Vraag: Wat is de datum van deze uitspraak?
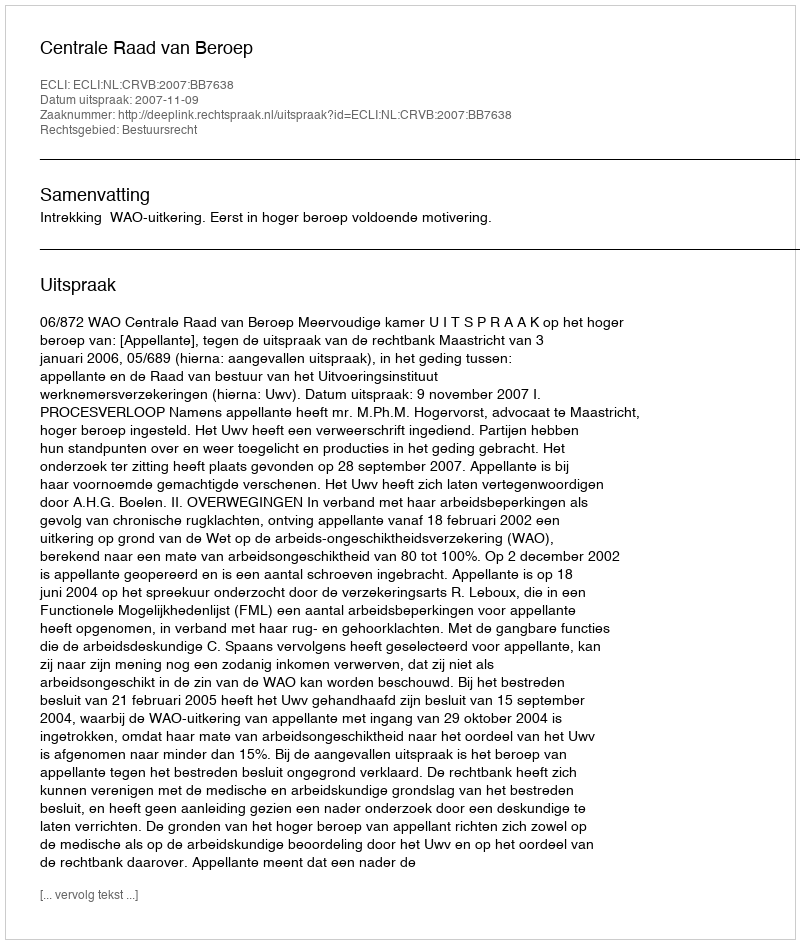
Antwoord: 2007-11-09